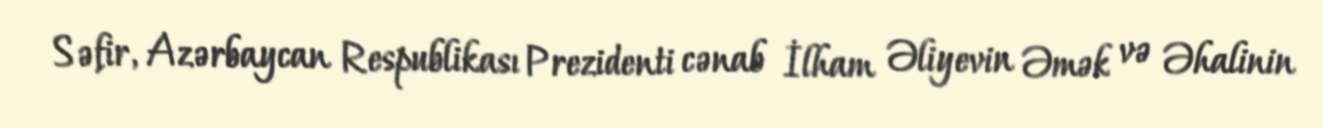
Səfir, Azərbaycan Respublikası Prezidenti cənab İlham Əliyevin Əmək və Əhalinin